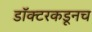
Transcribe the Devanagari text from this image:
डॉक्टरकडूनच